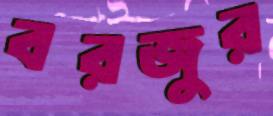
বরজুর